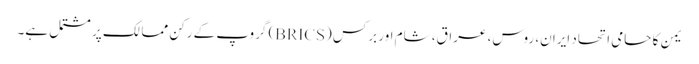
یمن کا حامی اتحاد ایران، روس، عراق، شام اور برکس (BRICS) گروپ کے رکن ممالک پر مشتمل ہے۔